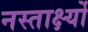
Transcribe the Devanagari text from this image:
नस्तार्क्ष्यो